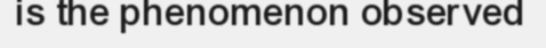
is the phenomenon observed